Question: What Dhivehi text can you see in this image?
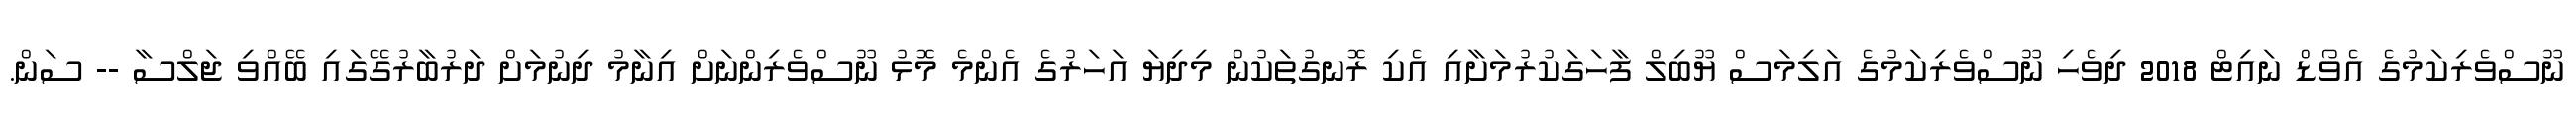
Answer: ނޫސްވެރިކަމުގެ އެވޯޑް ނައިޓް 2018 ދިވެހި ނޫސްވެރިކަމުގެ އަލިމަސް ޔޫބިލް ފާހަގަކުރުމަށާއި އެކި ރޮނގުތަކުން މިދިޔަ އަހަރުގެ އެންމެ މޮޅު ނޫސްވެރިންނަށް އިނާމު ދިނުމަށް ދަރުބާރުގޭގައި ބޭއްވި ޖަލްސާ -- ސަން.